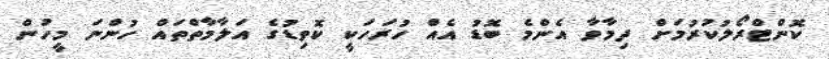
ކޮންޓްރޯލުކުރުމަށް ދިމާވާ އެންމެ ބޮޑު އެއް ހުރަހަކީ ކޮވިޑުގެ އަލާމާތްތައް ހުންނަ މީހުން